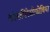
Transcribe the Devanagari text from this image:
कांसपिरेसीफोबिया